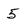
Character: 5